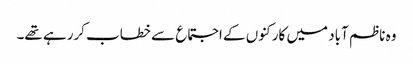
وہ ناظم آباد میں کارکنوں کے اجتماع سے خطاب کررہے تھے۔